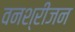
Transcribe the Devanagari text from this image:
वनश्रीजन